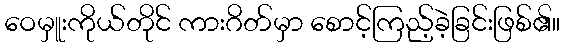
ဝေမှူးကိုယ်တိုင် ကားဂိတ်မှာ စောင့်ကြည့်ခဲ့ခြင်းဖြစ်၏။